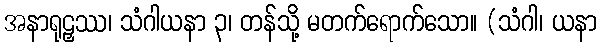
အနာရုဠှဿ၊ သံဂါယနာ ၃၊ တန်သို့ မတက်ရောက်သော။ (သံဂါ၊ ယနာ